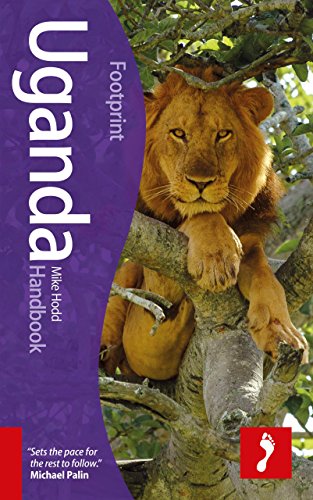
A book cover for Uganda Handbook, 2nd (Footprint - Handbooks); Mike Hodd; Travel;